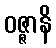
ဝဇ္ဇာနိ